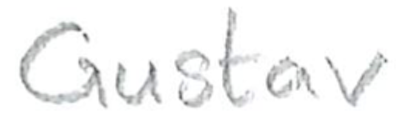
Text: Gustav
Cross-out: clean
Writing tool: pencil